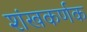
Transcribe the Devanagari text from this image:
शंखकर्णक